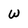
Character: W